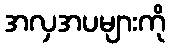
အလှအပများကို